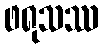
ဖရုသဿ